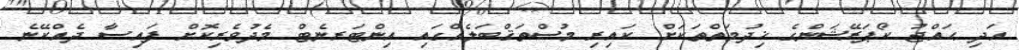
އަދި ޙައްޖު ކޯޕަރޭޝަންގެ ޚިދުމަތްތަކަށް ކައިރި މުސްތަޤްބަލެއްގައި އިންޓަރނެޓް މެދުވެރިކޮށް ފައިސާ ދެއްކޭނެ